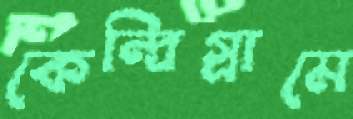
কেন্দ্রিগ্রামে